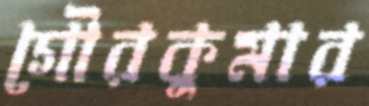
গৌরকুমার